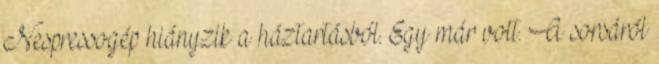
Nespressogép hiányzik a háztartásból. Egy már volt. A sorsáról